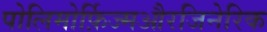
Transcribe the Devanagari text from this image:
पोलिमोर्फ़िज्मऔरजिनेरिक